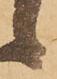
様